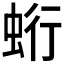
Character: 𧊽